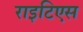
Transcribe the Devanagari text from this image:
राइटिएस